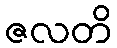
ဇလတိ